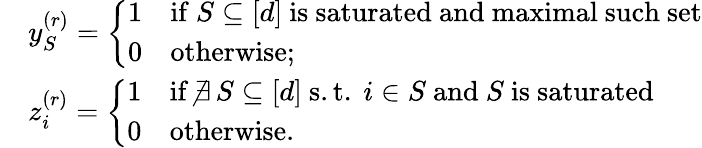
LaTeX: \begin{array}{rl}&{y_{S}^{(r)}=\left\{ \begin{array}{ll}{1}&{\mathrm{if~}S\subseteq[d]\mathrm{~is~saturated~and~maximal~such~set}}\\ {0}&{\mathrm{otherwise};}\end{array}\right.}\\ &{z_{i}^{(r)}=\left\{ \begin{array}{ll}{1}&{\mathrm{if~}\nexists\, S\subseteq[d]\mathrm{~s.t.~}i\in S\mathrm{~and~}S\mathrm{~is~saturated}}\\ {0}&{\mathrm{otherwise}.}\end{array}\right.}\end{array}